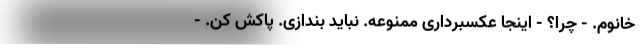
خانوم. - چرا؟ - اینجا عکسبرداری ممنوعه. نباید بندازی. پاکش کن. -